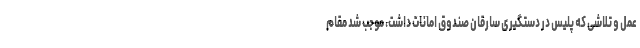
عمل و تلاشی که پلیس در دستگیری سارقان صندوق امانات داشت، موجب شد مقام